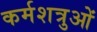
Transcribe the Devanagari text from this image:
कर्मशत्रुओं